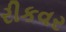
રીકવર